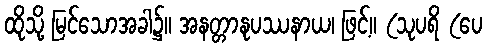
ထိုသို့ မြင်သောအခါ၌။ အနတ္တာနုပဿနာယ၊ ဖြင့်။ (သုပရိ (ပေ